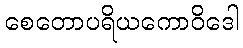
စေတောပရိယကောဝိဒေါ